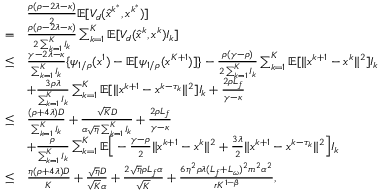
\begin{array} { r l } & { \frac { \rho ( \rho - 2 \lambda - \kappa ) } { 2 } \mathbb { E } [ V _ { d } ( \hat { x } ^ { k ^ { \ast } } , x ^ { k ^ { \ast } } ) ] } \\ { = } & { \frac { \rho ( \rho - 2 \lambda - \kappa ) } { 2 \sum _ { k = 1 } ^ { K } I _ { k } } \sum _ { k = 1 } ^ { K } \mathbb { E } [ V _ { d } ( \hat { x } ^ { k } , x ^ { k } ) I _ { k } ] } \\ { \leq } & { \frac { \gamma - 2 \lambda - \kappa } { \sum _ { k = 1 } ^ { K } I _ { k } } \{ \psi _ { 1 / \rho } ( x ^ { 1 } ) - \mathbb { E } [ \psi _ { 1 / \rho } ( x ^ { K + 1 } ) ] \} - \frac { \rho ( \gamma - \rho ) } { 2 \sum _ { k = 1 } ^ { K } I _ { k } } \sum _ { k = 1 } ^ { K } \mathbb { E } [ \| x ^ { k + 1 } - x ^ { k } \| ^ { 2 } ] I _ { k } } \\ & { + \frac { 3 \rho \lambda } { \sum _ { k = 1 } ^ { K } I _ { k } } \sum _ { k = 1 } ^ { K } \mathbb { E } [ \| x ^ { k + 1 } - x ^ { k - \tau _ { k } } \| ^ { 2 } ] I _ { k } + \frac { 2 \rho L _ { f } } { \gamma - \kappa } } \\ { \leq } & { \frac { ( \rho + 4 \lambda ) D } { \sum _ { k = 1 } ^ { K } I _ { k } } + \frac { \sqrt { K } D } { \alpha \sqrt { \eta } \sum _ { k = 1 } ^ { K } I _ { k } } + \frac { 2 \rho L _ { f } } { \gamma - \kappa } } \\ & { + \frac { \rho } { \sum _ { k = 1 } ^ { K } I _ { k } } \sum _ { k = 1 } ^ { K } \mathbb { E } \Big [ - \frac { \gamma - \rho } { 2 } \| x ^ { k + 1 } - x ^ { k } \| ^ { 2 } + \frac { 3 \lambda } { 2 } \| x ^ { k + 1 } - x ^ { k - \tau _ { k } } \| ^ { 2 } \Big ] I _ { k } } \\ { \leq } & { \frac { \eta ( \rho + 4 \lambda ) D } { K } + \frac { \sqrt { \eta } D } { \sqrt { K } \alpha } + \frac { 2 \sqrt { \eta } \rho L _ { f } \alpha } { \sqrt { K } } + \frac { 6 \eta ^ { 2 } \rho \lambda ( L _ { f } + L _ { \omega } ) ^ { 2 } m ^ { 2 } \alpha ^ { 2 } } { r K ^ { 1 - \beta } } , } \end{array}